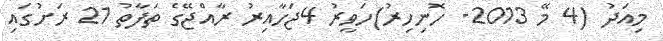
މިއަދު (4 މޭ 2013- ހޮނިހިރު)ހަވީރު 4ޖަހާއިރު ރާއްޖޭގެ ތަފާތު 21 ރަށުގައި